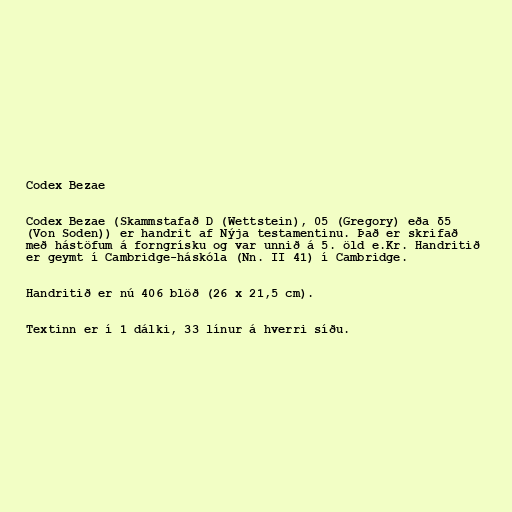
Codex Bezae

Codex Bezae (Skammstafað D (Wettstein), 05 (Gregory) eða δ5
(Von Soden)) er handrit af Nýja testamentinu. Það er skrifað
með hástöfum á forngrísku og var unnið á 5. öld e.Kr. Handritið
er geymt í Cambridge-háskóla (Nn. II 41) í Cambridge.

Handritið er nú 406 blöð (26 x 21,5 cm).

Textinn er í 1 dálki, 33 línur á hverri síðu.